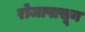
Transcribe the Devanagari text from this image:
रोजापासून